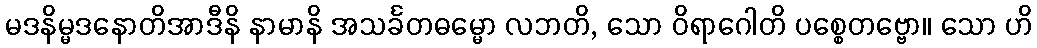
မဒနိမ္မဒနောတိအာဒီနိ နာမာနိ အသင်္ခတဓမ္မော လဘတိ, သော ဝိရာဂေါတိ ပစ္စေတဗ္ဗော။ သော ဟိ